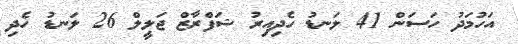
އަހުމަދު ހަސަން 41 ލަނޑު ހެދިއިރު ޝަފްރާޒް ޖަލީލް 26 ލަނޑު ހެދި